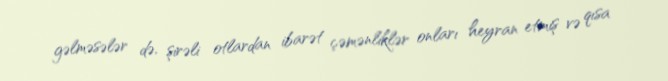
gəlməsələr də, şirəli otlardan ibarət çəmənliklər onları heyran etmiş və qısa